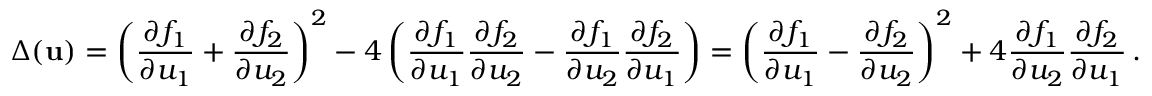
\Delta ( { \mathbf { u } } ) = \left( \frac { \partial f _ { 1 } } { \partial u _ { 1 } } + \frac { \partial f _ { 2 } } { \partial u _ { 2 } } \right) ^ { 2 } - 4 \left( \frac { \partial f _ { 1 } } { \partial u _ { 1 } } \frac { \partial f _ { 2 } } { \partial u _ { 2 } } - \frac { \partial f _ { 1 } } { \partial u _ { 2 } } \frac { \partial f _ { 2 } } { \partial u _ { 1 } } \right) = \left( \frac { \partial f _ { 1 } } { \partial u _ { 1 } } - \frac { \partial f _ { 2 } } { \partial u _ { 2 } } \right) ^ { 2 } + 4 \frac { \partial f _ { 1 } } { \partial u _ { 2 } } \frac { \partial f _ { 2 } } { \partial u _ { 1 } } \, .